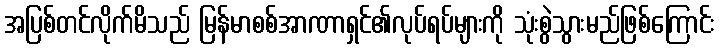
အပြစ်တင်လိုက်မိသည် မြန်မာစစ်အာဏာရှင်၏လုပ်ရပ်များကို သုံးစွဲသွားမည်ဖြစ်ကြောင်း